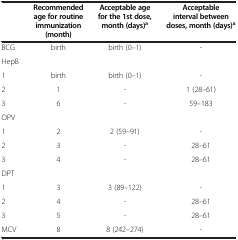
<table><thead><tr><td><b> </b></td><td><b>Recommended age for routine immunization (month)</b></td><td><b>Acceptable age for the 1st dose, month (days)<sup>a</sup></b></td><td><b>Acceptable interval between doses, month (days)<sup>a</sup></b></td></tr></thead><tbody><tr><td>BCG</td><td>birth</td><td>birth (0–1)</td><td>-</td></tr><tr><td>HepB</td><td> </td><td> </td><td> </td></tr><tr><td>1</td><td>birth</td><td>birth (0–1)</td><td>-</td></tr><tr><td>2</td><td>1</td><td>-</td><td>1 (28–61)</td></tr><tr><td>3</td><td>6</td><td>-</td><td>59–183</td></tr><tr><td>OPV</td><td> </td><td> </td><td> </td></tr><tr><td>1</td><td>2</td><td>2 (59–91)</td><td>-</td></tr><tr><td>2</td><td>3</td><td>-</td><td>28–61</td></tr><tr><td>3</td><td>4</td><td>-</td><td>28–61</td></tr><tr><td>DPT</td><td> </td><td> </td><td> </td></tr><tr><td>1</td><td>3</td><td>3 (89–122)</td><td>-</td></tr><tr><td>2</td><td>4</td><td>-</td><td>28–61</td></tr><tr><td>3</td><td>5</td><td>-</td><td>28–61</td></tr><tr><td>MCV</td><td>8</td><td>8 (242–274)</td><td>-</td></tr></tbody></table>